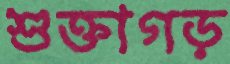
শুক্তাগড়